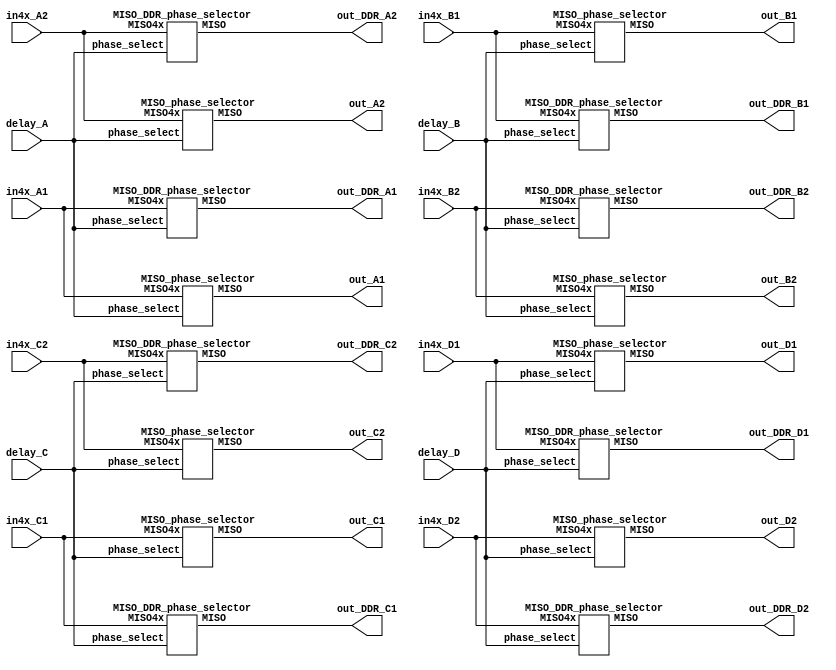
//////////////////////////////////////////////////////////////////////////////////
// Company: 		 Intan Technologies, LLC
// 
// Design Name: 	 RHD2000 Rhythm Interface
// Module Name:    MISO_phase_selector, MISO_DDR_phase_selector
// Project Name:   xillybus_spi 
// Target Devices: 
// Tool versions: 
// Description:    Downsamples MISO by factor of 4, with selectable phase lag to
//                 compensate for headstage cable delay.
//
// Dependencies: 
//
// Revision: 
// Revision 0.01 - File Created
// Additional Comments: 
//
//////////////////////////////////////////////////////////////////////////////////

module MISO_phase_selector_4x (
	// delay
	input  wire [ 3:0] delay_A  ,
	input  wire [ 3:0] delay_B  ,
	input  wire [ 3:0] delay_C  ,
	input  wire [ 3:0] delay_D  ,
	// oversampled MISO input
	input  wire [73:0] in4x_A1  ,
	input  wire [73:0] in4x_A2  ,
	input  wire [73:0] in4x_B1  ,
	input  wire [73:0] in4x_B2  ,
	input  wire [73:0] in4x_C1  ,
	input  wire [73:0] in4x_C2  ,
	input  wire [73:0] in4x_D1  ,
	input  wire [73:0] in4x_D2  ,
	// MISO output
	output wire [15:0] out_A1, 
	output wire [15:0] out_A2,
	output wire [15:0] out_B1, 
	output wire [15:0] out_B2,
	output wire [15:0] out_C1, 
	output wire [15:0] out_C2,
	output wire [15:0] out_D1, 
	output wire [15:0] out_D2,
	output wire [15:0] out_DDR_A1, 
	output wire [15:0] out_DDR_A2,
	output wire [15:0] out_DDR_B1, 
	output wire [15:0] out_DDR_B2,
	output wire [15:0] out_DDR_C1, 
	output wire [15:0] out_DDR_C2,
	output wire [15:0] out_DDR_D1, 
	output wire [15:0] out_DDR_D2
);

  // MISO phase selectors (to compensate for headstage cable delays)
  MISO_phase_selector MISO_phase_selector_1 (
      .phase_select(delay_A), .MISO4x(in4x_A1), .MISO(out_A1));    

  MISO_phase_selector MISO_phase_selector_2 (
      .phase_select(delay_A), .MISO4x(in4x_A2), .MISO(out_A2));    

  MISO_phase_selector MISO_phase_selector_3 (
      .phase_select(delay_B), .MISO4x(in4x_B1), .MISO(out_B1));    

  MISO_phase_selector MISO_phase_selector_4 (
      .phase_select(delay_B), .MISO4x(in4x_B2), .MISO(out_B2));    
  
  MISO_phase_selector MISO_phase_selector_5 (
      .phase_select(delay_C), .MISO4x(in4x_C1), .MISO(out_C1));    

  MISO_phase_selector MISO_phase_selector_6 (
      .phase_select(delay_C), .MISO4x(in4x_C2), .MISO(out_C2));    
  
  MISO_phase_selector MISO_phase_selector_7 (
      .phase_select(delay_D), .MISO4x(in4x_D1), .MISO(out_D1));

  MISO_phase_selector MISO_phase_selector_8 (
      .phase_select(delay_D), .MISO4x(in4x_D2), .MISO(out_D2));    
      
  MISO_DDR_phase_selector MISO_DDR_phase_selector_1 (
      .phase_select(delay_A), .MISO4x(in4x_A1), .MISO(out_DDR_A1));    

  MISO_DDR_phase_selector MISO_DDR_phase_selector_2 (
      .phase_select(delay_A), .MISO4x(in4x_A2), .MISO(out_DDR_A2));    

  MISO_DDR_phase_selector MISO_DDR_phase_selector_3 (
      .phase_select(delay_B), .MISO4x(in4x_B1), .MISO(out_DDR_B1));    

  MISO_DDR_phase_selector MISO_DDR_phase_selector_4 (
      .phase_select(delay_B), .MISO4x(in4x_B2), .MISO(out_DDR_B2));

  MISO_DDR_phase_selector MISO_DDR_phase_selector_5 (
      .phase_select(delay_C), .MISO4x(in4x_C1), .MISO(out_DDR_C1));    

  MISO_DDR_phase_selector MISO_DDR_phase_selector_6 (
      .phase_select(delay_C), .MISO4x(in4x_C2), .MISO(out_DDR_C2));    

  MISO_DDR_phase_selector MISO_DDR_phase_selector_7 (
      .phase_select(delay_D), .MISO4x(in4x_D1), .MISO(out_DDR_D1));    

  MISO_DDR_phase_selector MISO_DDR_phase_selector_8 (
      .phase_select(delay_D), .MISO4x(in4x_D2), .MISO(out_DDR_D2));

endmodule

module MISO_phase_selector(
	input wire [3:0] 	phase_select,	// MISO sampling phase lag to compensate for headstage cable delay
	input wire [73:0] 	MISO4x,			// 4x oversampled MISO input
	output reg [15:0] 	MISO				// 16-bit MISO output
	);

	always @(*) begin
		case (phase_select)
			0:       MISO <= {MISO4x[0],  MISO4x[4],  MISO4x[8],  MISO4x[12], MISO4x[16], MISO4x[20], MISO4x[24], MISO4x[28], MISO4x[32], MISO4x[36], MISO4x[40], MISO4x[44], MISO4x[48], MISO4x[52], MISO4x[56], MISO4x[60]};
			1:       MISO <= {MISO4x[1],  MISO4x[5],  MISO4x[9],  MISO4x[13], MISO4x[17], MISO4x[21], MISO4x[25], MISO4x[29], MISO4x[33], MISO4x[37], MISO4x[41], MISO4x[45], MISO4x[49], MISO4x[53], MISO4x[57], MISO4x[61]};
			2:       MISO <= {MISO4x[2],  MISO4x[6],  MISO4x[10], MISO4x[14], MISO4x[18], MISO4x[22], MISO4x[26], MISO4x[30], MISO4x[34], MISO4x[38], MISO4x[42], MISO4x[46], MISO4x[50], MISO4x[54], MISO4x[58], MISO4x[62]};
			3:       MISO <= {MISO4x[3],  MISO4x[7],  MISO4x[11], MISO4x[15], MISO4x[19], MISO4x[23], MISO4x[27], MISO4x[31], MISO4x[35], MISO4x[39], MISO4x[43], MISO4x[47], MISO4x[51], MISO4x[55], MISO4x[59], MISO4x[63]};
			4:       MISO <= {MISO4x[4],  MISO4x[8],  MISO4x[12], MISO4x[16], MISO4x[20], MISO4x[24], MISO4x[28], MISO4x[32], MISO4x[36], MISO4x[40], MISO4x[44], MISO4x[48], MISO4x[52], MISO4x[56], MISO4x[60], MISO4x[64]};
			5:       MISO <= {MISO4x[5],  MISO4x[9],  MISO4x[13], MISO4x[17], MISO4x[21], MISO4x[25], MISO4x[29], MISO4x[33], MISO4x[37], MISO4x[41], MISO4x[45], MISO4x[49], MISO4x[53], MISO4x[57], MISO4x[61], MISO4x[65]};
			6:       MISO <= {MISO4x[6],  MISO4x[10], MISO4x[14], MISO4x[18], MISO4x[22], MISO4x[26], MISO4x[30], MISO4x[34], MISO4x[38], MISO4x[42], MISO4x[46], MISO4x[50], MISO4x[54], MISO4x[58], MISO4x[62], MISO4x[66]};
			7:       MISO <= {MISO4x[7],  MISO4x[11], MISO4x[15], MISO4x[19], MISO4x[23], MISO4x[27], MISO4x[31], MISO4x[35], MISO4x[39], MISO4x[43], MISO4x[47], MISO4x[51], MISO4x[55], MISO4x[59], MISO4x[63], MISO4x[67]};
			8:       MISO <= {MISO4x[8],  MISO4x[12], MISO4x[16], MISO4x[20], MISO4x[24], MISO4x[28], MISO4x[32], MISO4x[36], MISO4x[40], MISO4x[44], MISO4x[48], MISO4x[52], MISO4x[56], MISO4x[60], MISO4x[64], MISO4x[68]};
			9:       MISO <= {MISO4x[9],  MISO4x[13], MISO4x[17], MISO4x[21], MISO4x[25], MISO4x[29], MISO4x[33], MISO4x[37], MISO4x[41], MISO4x[45], MISO4x[49], MISO4x[53], MISO4x[57], MISO4x[61], MISO4x[65], MISO4x[69]};
			10:      MISO <= {MISO4x[10], MISO4x[14], MISO4x[18], MISO4x[22], MISO4x[26], MISO4x[30], MISO4x[34], MISO4x[38], MISO4x[42], MISO4x[46], MISO4x[50], MISO4x[54], MISO4x[58], MISO4x[62], MISO4x[66], MISO4x[70]};
			11:      MISO <= {MISO4x[11], MISO4x[15], MISO4x[19], MISO4x[23], MISO4x[27], MISO4x[31], MISO4x[35], MISO4x[39], MISO4x[43], MISO4x[47], MISO4x[51], MISO4x[55], MISO4x[59], MISO4x[63], MISO4x[67], MISO4x[71]};
			default: MISO <= {MISO4x[11], MISO4x[15], MISO4x[19], MISO4x[23], MISO4x[27], MISO4x[31], MISO4x[35], MISO4x[39], MISO4x[43], MISO4x[47], MISO4x[51], MISO4x[55], MISO4x[59], MISO4x[63], MISO4x[67], MISO4x[71]};
		endcase
	end
	
endmodule


module MISO_DDR_phase_selector(
	input wire [3:0] 	phase_select,	// MISO sampling phase lag to compensate for headstage cable delay
	input wire [73:0] 	MISO4x,			// 4x oversampled MISO input
	output reg [15:0] 	MISO				// 16-bit MISO output
	);
	
	always @(*) begin
		case (phase_select)
			0:       MISO <= {MISO4x[2],  MISO4x[6],  MISO4x[10], MISO4x[14], MISO4x[18], MISO4x[22], MISO4x[26], MISO4x[30], MISO4x[34], MISO4x[38], MISO4x[42], MISO4x[46], MISO4x[50], MISO4x[54], MISO4x[58], MISO4x[62]};
			1:       MISO <= {MISO4x[3],  MISO4x[7],  MISO4x[11], MISO4x[15], MISO4x[19], MISO4x[23], MISO4x[27], MISO4x[31], MISO4x[35], MISO4x[39], MISO4x[43], MISO4x[47], MISO4x[51], MISO4x[55], MISO4x[59], MISO4x[63]};
			2:       MISO <= {MISO4x[4],  MISO4x[8],  MISO4x[12], MISO4x[16], MISO4x[20], MISO4x[24], MISO4x[28], MISO4x[32], MISO4x[36], MISO4x[40], MISO4x[44], MISO4x[48], MISO4x[52], MISO4x[56], MISO4x[60], MISO4x[64]};
			3:       MISO <= {MISO4x[5],  MISO4x[9],  MISO4x[13], MISO4x[17], MISO4x[21], MISO4x[25], MISO4x[29], MISO4x[33], MISO4x[37], MISO4x[41], MISO4x[45], MISO4x[49], MISO4x[53], MISO4x[57], MISO4x[61], MISO4x[65]};
			4:       MISO <= {MISO4x[6],  MISO4x[10], MISO4x[14], MISO4x[18], MISO4x[22], MISO4x[26], MISO4x[30], MISO4x[34], MISO4x[38], MISO4x[42], MISO4x[46], MISO4x[50], MISO4x[54], MISO4x[58], MISO4x[62], MISO4x[66]};
			5:       MISO <= {MISO4x[7],  MISO4x[11], MISO4x[15], MISO4x[19], MISO4x[23], MISO4x[27], MISO4x[31], MISO4x[35], MISO4x[39], MISO4x[43], MISO4x[47], MISO4x[51], MISO4x[55], MISO4x[59], MISO4x[63], MISO4x[67]};
			6:       MISO <= {MISO4x[8],  MISO4x[12], MISO4x[16], MISO4x[20], MISO4x[24], MISO4x[28], MISO4x[32], MISO4x[36], MISO4x[40], MISO4x[44], MISO4x[48], MISO4x[52], MISO4x[56], MISO4x[60], MISO4x[64], MISO4x[68]};
			7:       MISO <= {MISO4x[9],  MISO4x[13], MISO4x[17], MISO4x[21], MISO4x[25], MISO4x[29], MISO4x[33], MISO4x[37], MISO4x[41], MISO4x[45], MISO4x[49], MISO4x[53], MISO4x[57], MISO4x[61], MISO4x[65], MISO4x[69]};
			8:       MISO <= {MISO4x[10], MISO4x[14], MISO4x[18], MISO4x[22], MISO4x[26], MISO4x[30], MISO4x[34], MISO4x[38], MISO4x[42], MISO4x[46], MISO4x[50], MISO4x[54], MISO4x[58], MISO4x[62], MISO4x[66], MISO4x[70]};
			9:       MISO <= {MISO4x[11], MISO4x[15], MISO4x[19], MISO4x[23], MISO4x[27], MISO4x[31], MISO4x[35], MISO4x[39], MISO4x[43], MISO4x[47], MISO4x[51], MISO4x[55], MISO4x[59], MISO4x[63], MISO4x[67], MISO4x[71]};
			10:      MISO <= {MISO4x[12], MISO4x[16], MISO4x[20], MISO4x[24], MISO4x[28], MISO4x[32], MISO4x[36], MISO4x[40], MISO4x[44], MISO4x[48], MISO4x[52], MISO4x[56], MISO4x[60], MISO4x[64], MISO4x[68], MISO4x[72]};
			11:      MISO <= {MISO4x[13], MISO4x[17], MISO4x[21], MISO4x[25], MISO4x[29], MISO4x[33], MISO4x[37], MISO4x[41], MISO4x[45], MISO4x[49], MISO4x[53], MISO4x[57], MISO4x[61], MISO4x[65], MISO4x[69], MISO4x[73]};
			default: MISO <= {MISO4x[13], MISO4x[17], MISO4x[21], MISO4x[25], MISO4x[29], MISO4x[33], MISO4x[37], MISO4x[41], MISO4x[45], MISO4x[49], MISO4x[53], MISO4x[57], MISO4x[61], MISO4x[65], MISO4x[69], MISO4x[73]};
		endcase
	end
	
endmodule